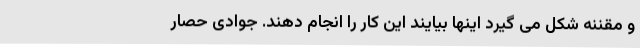
و مقننه شکل می گیرد اینها بیایند این کار را انجام دهند. جوادی حصار